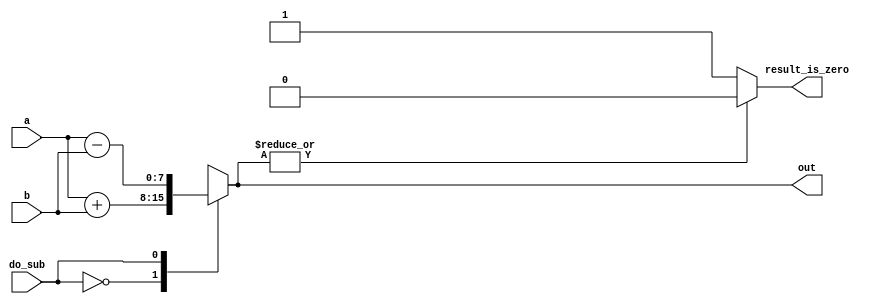
// synthesis verilog_input_version verilog_2001
module top_module ( 
    input do_sub,
    input [7:0] a,
    input [7:0] b,
    output reg [7:0] out,
    output reg result_is_zero
);//

    reg out_temp;
    always @(*) begin
        case (do_sub)
          0: out = a + b;
          1: out = a - b;
        endcase

        //out_temp = out[0]|out[1]|out[2]|out[3]|out[4]|out[5]|out[6]|out[7]; // 0  out 0
        out_temp = |out;
        //result_is_zero = out_temp ? 0 : 1;
        if (!out_temp) begin
            result_is_zero = 1;
        end else begin
           result_is_zero = 0; 
        end
    end

endmodule